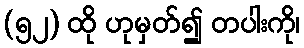
(၅၂) ထို ဟုမှတ်၍ တပါးကို၊